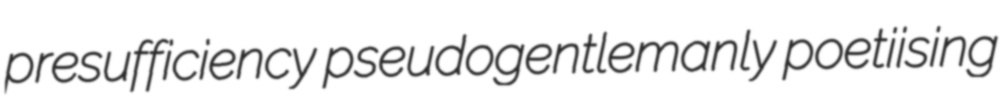
presufficiency pseudogentlemanly poetiising